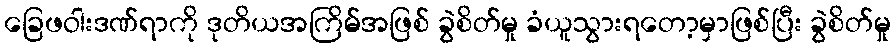
ခြေဖဝါးဒဏ်ရာကို ဒုတိယအကြိမ်အဖြစ် ခွဲစိတ်မှု ခံယူသွားရတော့မှာဖြစ်ပြီး ခွဲစိတ်မှု